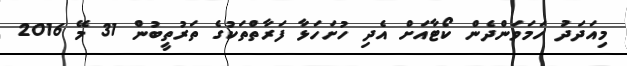
މިއަދަދު ހަމަވަންދެން ކޯޓާއަށް އެދި ހުށަހަޅާ ފަރާތްތަކުގެ ތަރުތީބުން 31 މޭ 2016